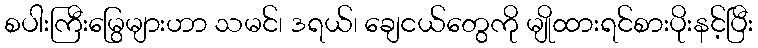
စပါးကြီးမြွေများဟာ သမင်၊ ဒရယ်၊ ချေငယ်တွေကို မျိုထားရင်စားပိုးနင့်ပြီး